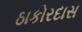
ઠાકોરદાસ